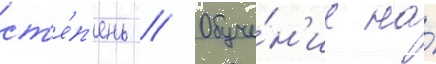
ст'е́п'ень // Обуче́н'ие на́